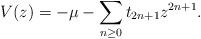
LaTeX: \begin{align*}V(z)= -\mu - \sum_{n\ge 0}t_{2n+1}z^{2n+1}.\end{align*}